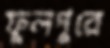
ফুলপুরে